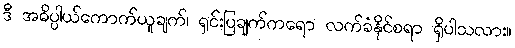
ဒီ အဓိပ္ပါယ်ကောက်ယူချက်၊ ရှင်းပြချက်ကရော လက်ခံနိုင်စရာ ရှိပါသလား။